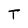
Character: T